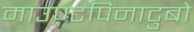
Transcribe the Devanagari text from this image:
माउण्टपिनाटुबो